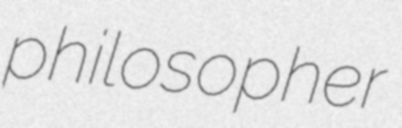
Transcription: philosopher